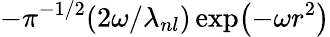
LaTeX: -\pi^{-1/2}(2\omega/\lambda_{nl})\exp\bigl(-\omega r^{2}\bigr)